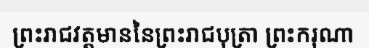
ព្រះរាជវត្តមាននៃព្រះរាជបុត្រា ព្រះករុណា